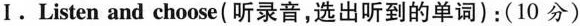
Ⅰ.Listen and choose(听录音,选出听到的单词):(10 分)